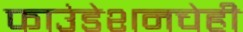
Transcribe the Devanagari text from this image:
फाउंडेशनचेही